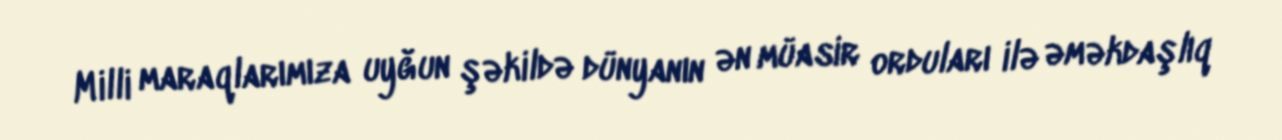
Milli maraqlarımıza uyğun şəkildə dünyanın ən müasir orduları ilə əməkdaşlıq